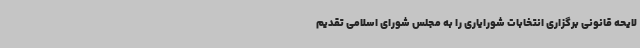
لایحه قانونی برگزاری انتخابات شورایاری را به مجلس شورای اسلامی تقدیم